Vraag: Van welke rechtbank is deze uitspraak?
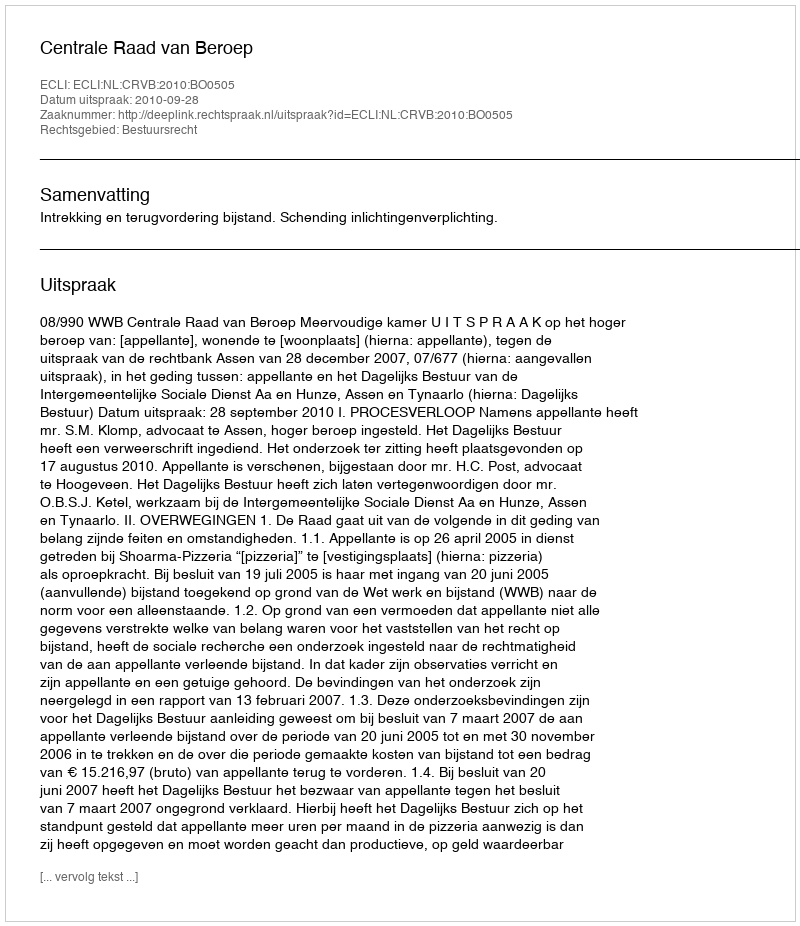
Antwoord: Centrale Raad van Beroep